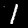
Digit: 1